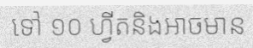
ទៅ ១០ ហ្វីតនិងអាចមាន